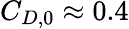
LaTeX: C_{D,0}\approx 0.4